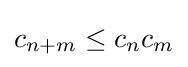
c_{n+m}\leq c_{n}c_{m}